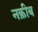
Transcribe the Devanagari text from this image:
नक़ीब